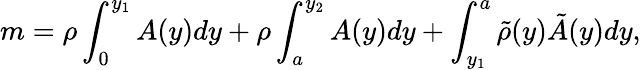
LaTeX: m=\rho\int_{0}^{y_{1}}A(y)dy+\rho\int_{a}^{y_{2}}A(y)dy+\int_{y_{1}}^{a}\tilde{\rho}(y)\tilde{A}(y)dy,